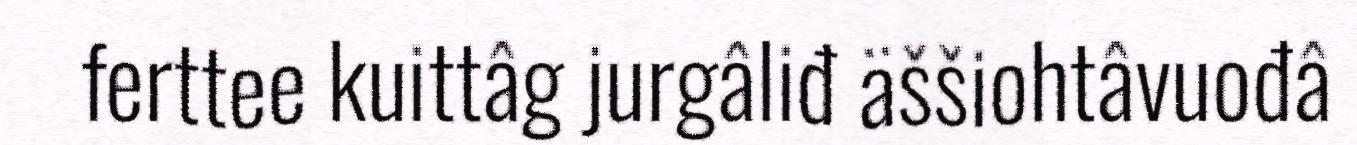
ferttee kuittâg jurgâliđ äššiohtâvuođâ